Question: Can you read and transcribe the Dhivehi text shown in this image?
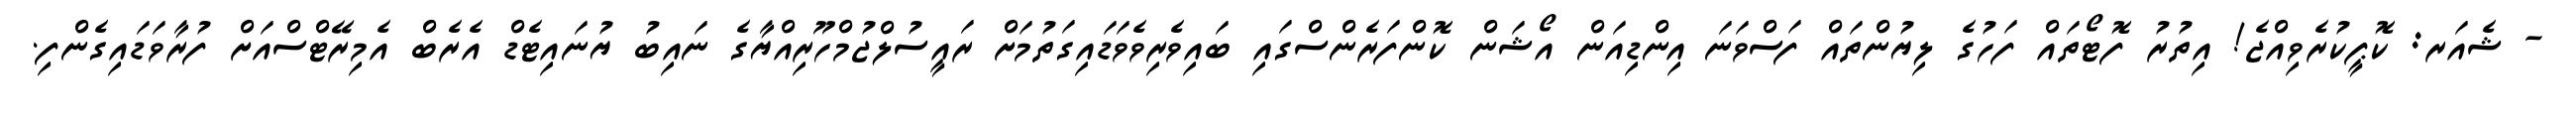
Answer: - ޝެއަރ: ކޮޕީކުރެވިއްޖެ! އިތުރު ފޮޓޯތައް ފަހުގެ ލިޔުންތައް ފަސްވަނަ އިންޑިއަން އޯޝަން ކޮންފަރެންސްގައި ބައިވެރިވެވަޑައިގަތުމަށް ރައީސުލްޖުމްހޫރިއްޔާގެ ނައިބު ޔުނައިޓެޑް އެރެބް އެމިރޭޓްސްއަށް ފުރާވަޑައިގެންފި.